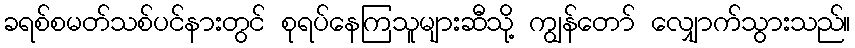
ခရစ်စမတ်သစ်ပင်နားတွင် စုရပ်နေကြသူများဆီသို့ ကျွန်တော် လျှောက်သွားသည်။